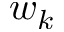
w _ { k }